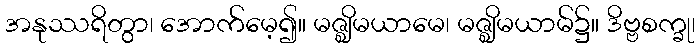
အနုဿရိတွာ၊ အောက်မေ့၍။ မဇ္ဈိမယာမေ၊ မဇ္ဈိမယာမ်၌။ ဒိဗ္ဗစက္ခု၊